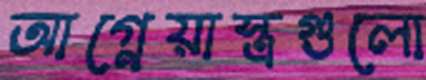
আগ্নেয়াস্ত্রগুলো